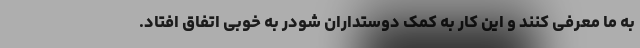
به ما معرفی کنند و این کار به کمک دوستداران شودر به خوبی اتفاق افتاد.